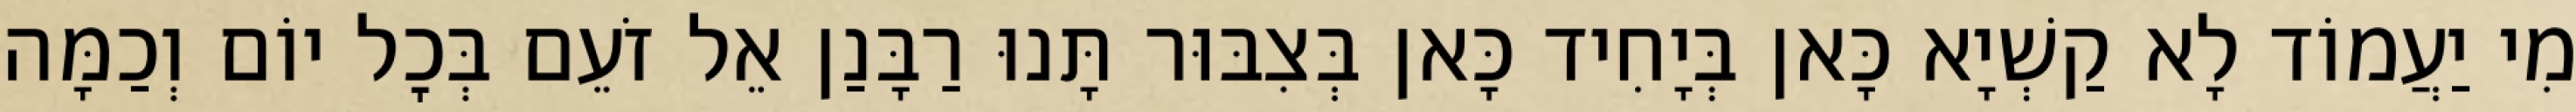
מִי יַעֲמוֹד לָא קַשְׁיָא כָּאן בְּיָחִיד כָּאן בְּצִבּוּר תָּנוּ רַבָּנַן אֵל זֹעֵם בְּכׇל יוֹם וְכַמָּה